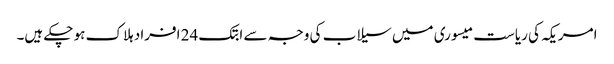
امریکہ کی ریاست میسوری میں سیلاب کی وجہ سے ابتک 24 افراد ہلاک ہو چکے ہیں۔